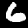
Label: 6